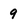
Character: 9